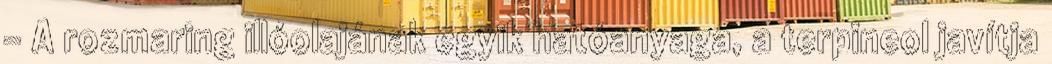
- A rozmaring illóolajának egyik hatóanyaga, a terpineol javítja